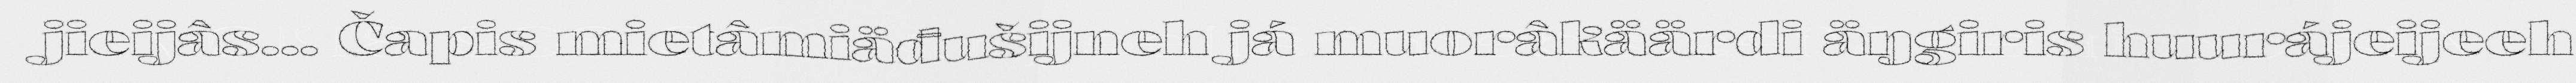
jieijâs... Čapis mietâmiäđušijneh já muorâkäärdi äŋgiris huurájeijeeh